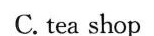
C. tea shop